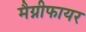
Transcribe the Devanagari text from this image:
मैग्नीफायर